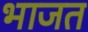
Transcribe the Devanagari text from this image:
भाजत